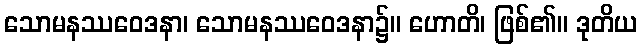
သောမနဿဝေဒနာ၊ သောမနဿဝေဒနာ၌။ ဟောတိ၊ ဖြစ်၏။ ဒုတိယ